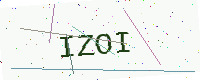
Text: IZOI